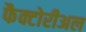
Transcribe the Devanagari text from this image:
फैक्टोरीअल